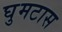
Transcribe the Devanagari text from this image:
घुमटास